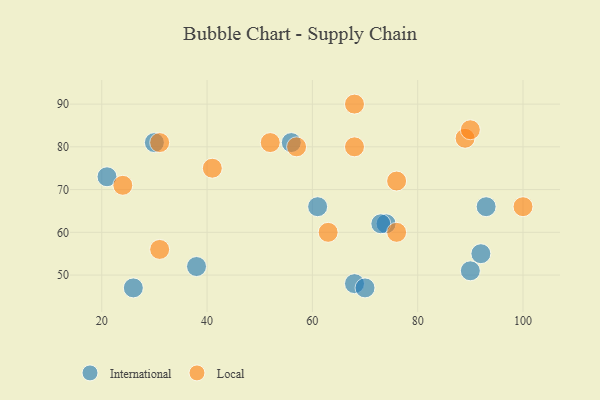
{"axis": {"x": "GDP", "y": "Life Expectancy"}, "legend": ["International", "Local"], "data": [{"x": "56", "y": 81, "type": "International"}, {"x": "26", "y": 47, "type": "International"}, {"x": "61", "y": 66, "type": "International"}, {"x": "68", "y": 48, "type": "International"}, {"x": "21", "y": 73, "type": "International"}, {"x": "38", "y": 52, "type": "International"}, {"x": "74", "y": 62, "type": "International"}, {"x": "70", "y": 47, "type": "International"}, {"x": "30", "y": 81, "type": "International"}, {"x": "90", "y": 51, "type": "International"}, {"x": "92", "y": 55, "type": "International"}, {"x": "93", "y": 66, "type": "International"}, {"x": "73", "y": 62, "type": "International"}, {"x": "57", "y": 80, "type": "Local"}, {"x": "24", "y": 71, "type": "Local"}, {"x": "31", "y": 81, "type": "Local"}, {"x": "68", "y": 80, "type": "Local"}, {"x": "89", "y": 82, "type": "Local"}, {"x": "76", "y": 72, "type": "Local"}, {"x": "63", "y": 60, "type": "Local"}, {"x": "41", "y": 75, "type": "Local"}, {"x": "100", "y": 66, "type": "Local"}, {"x": "68", "y": 90, "type": "Local"}, {"x": "76", "y": 60, "type": "Local"}, {"x": "31", "y": 56, "type": "Local"}, {"x": "52", "y": 81, "type": "Local"}, {"x": "90", "y": 84, "type": "Local"}]}